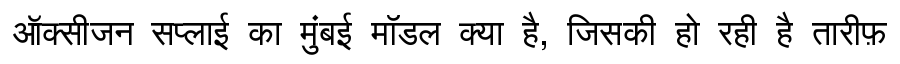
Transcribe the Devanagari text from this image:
ऑक्सीजन सप्लाई का मुंबई मॉडल क्या है, जिसकी हो रही है तारीफ़